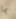
بما